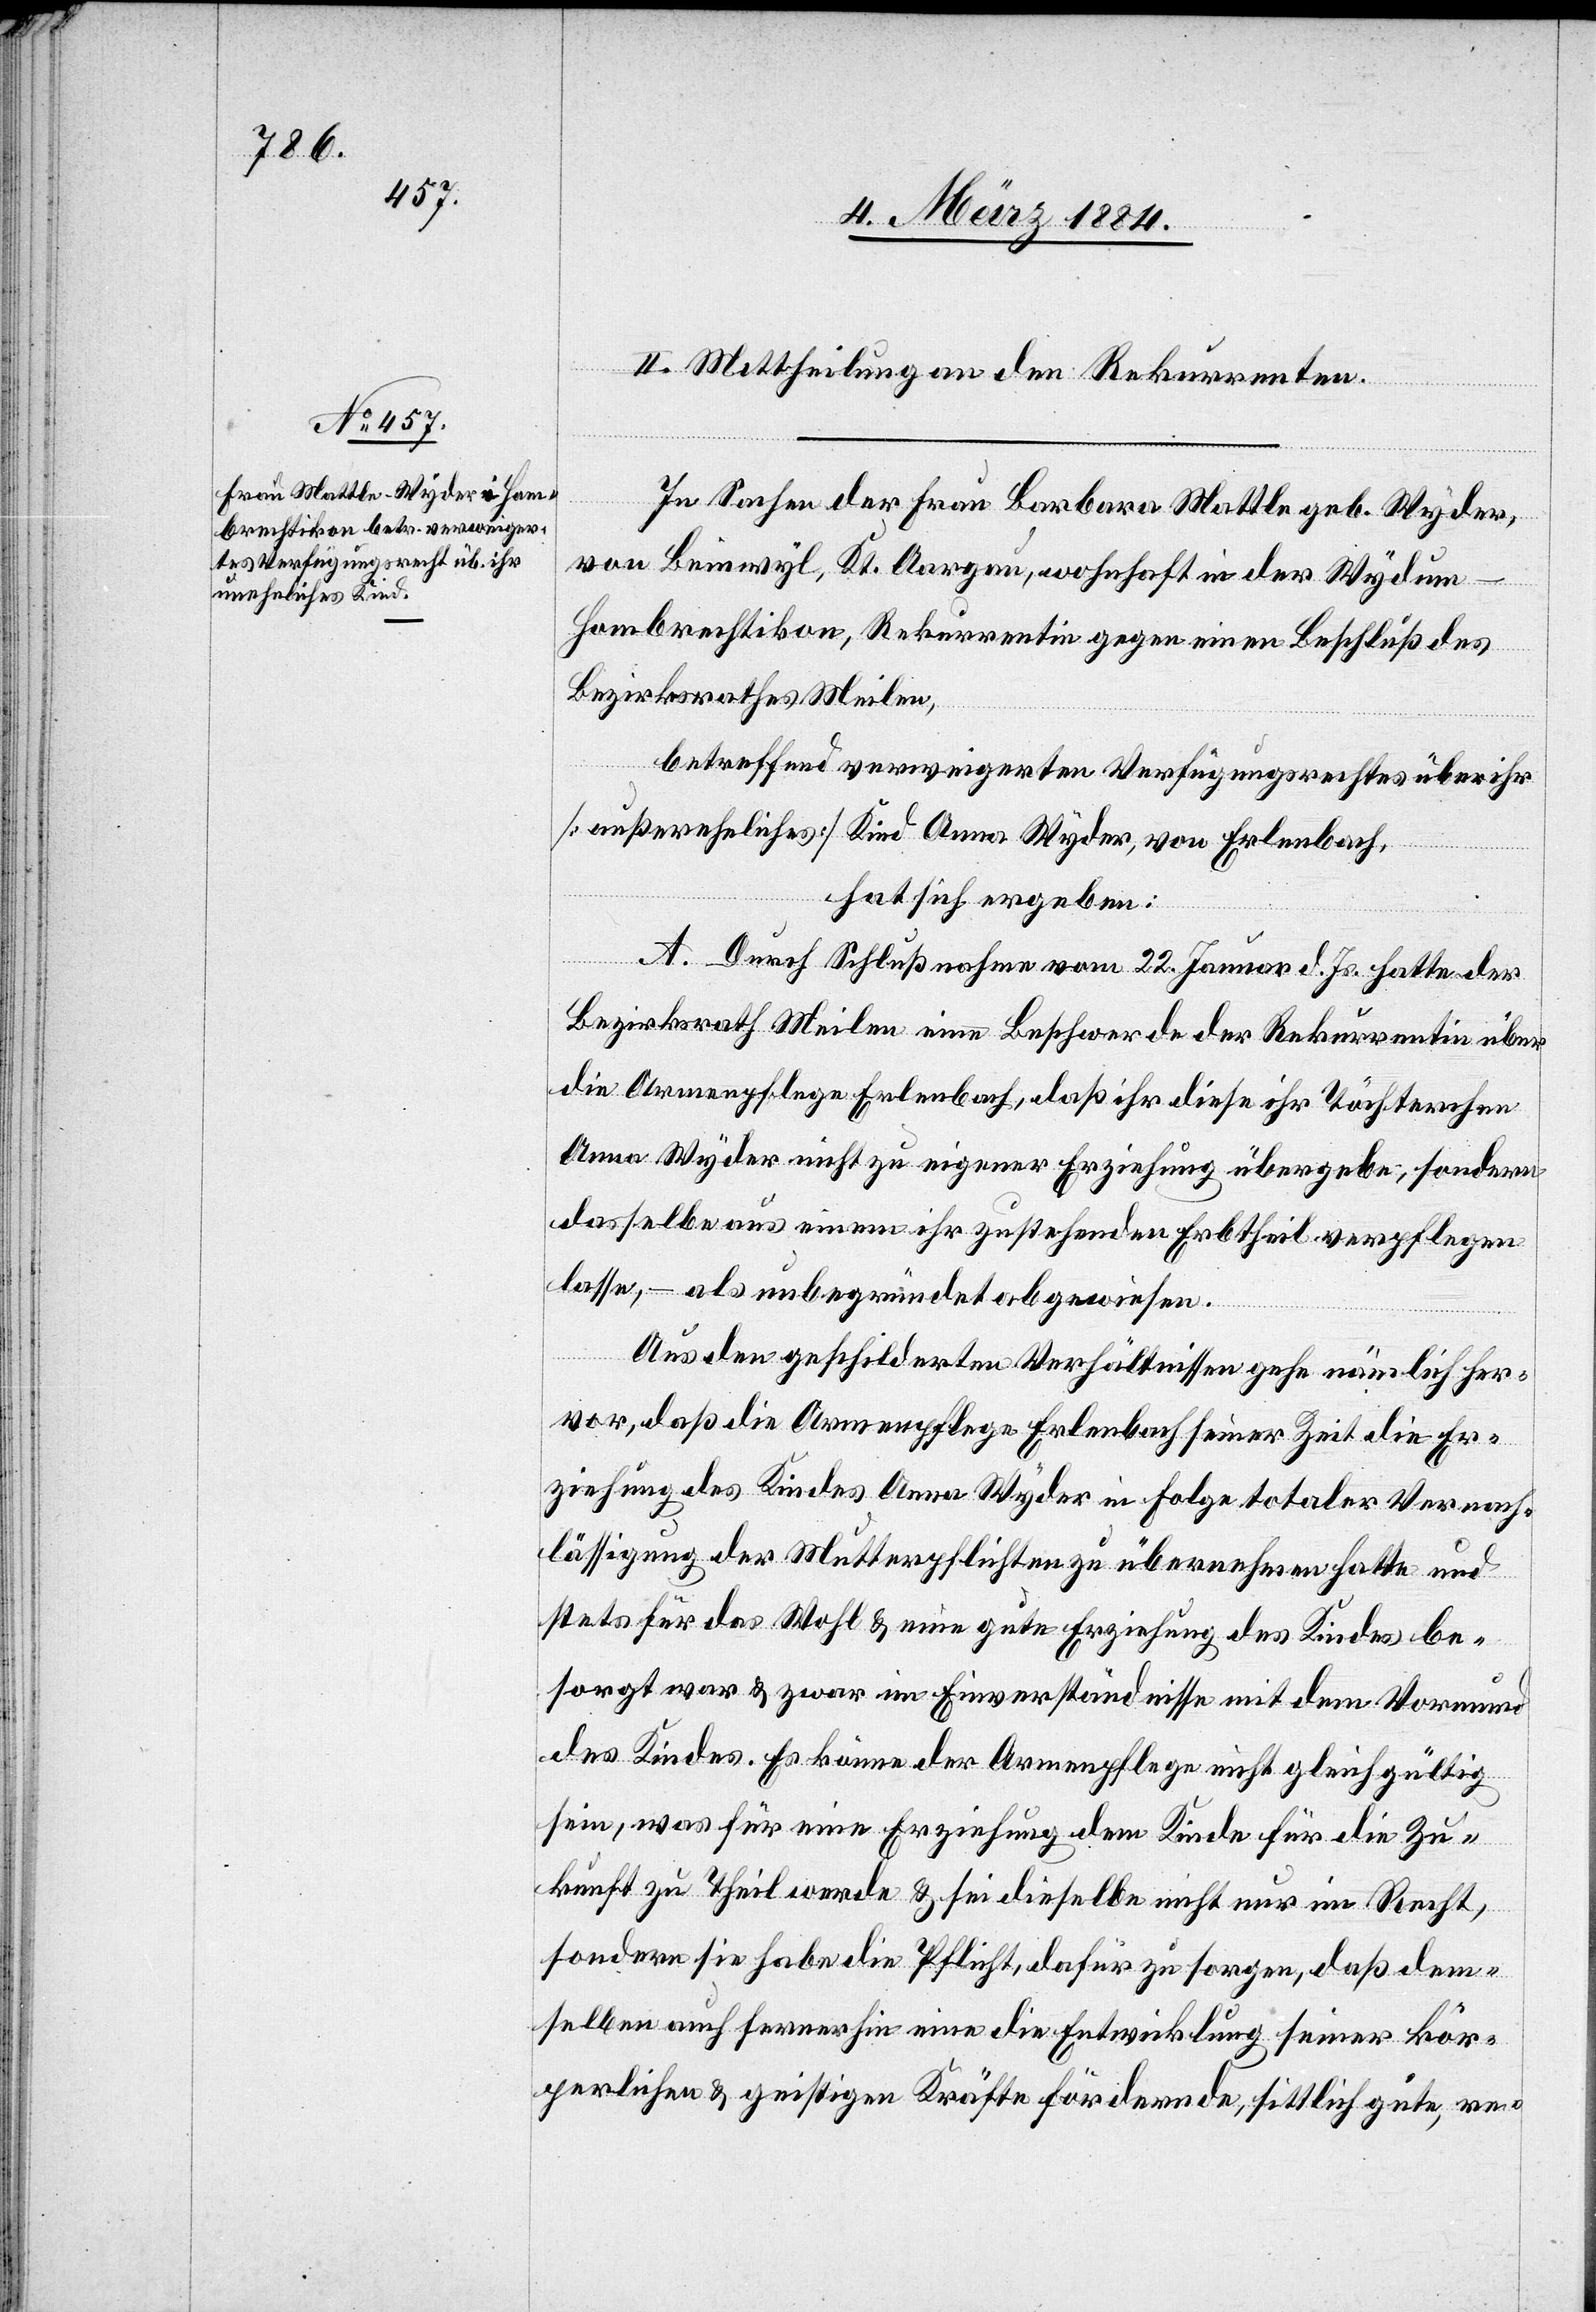
II. Mittheilung an den Rekurrenten.
In Sachen der Frau Barbara Mattle geb. Wyder,
von Beinwyl, Kt. Aargau, wohnhaft in der Wyden
Hombrechtikon, Rekurrentin gegen einen Beschluß des
Bezirksrathes Meilen,
betreffend verweigerten Verfügungsrechtes über ihr
[außereheliches] Kind Anna Wyder, von Erlenbach,
hat sich ergeben:
A. Durch Schlußnahme vom 22. Januar d. Js. hatte der
Bezirksrath Meilen eine Beschwerde der Rekurrentin über
die Armenpflege Erlenbach, daß ihr diese ihr Töchterchen
Anna Wyder ihr nicht zu eigener Erziehung übergeben, sondern
dasselbe aus einem ihr zustehenden Erbtheil verpflegen
lasse, – als unbegründet abgewiesen.
Aus den geschilderten Verhältnissen gehe nämlich her¬
vor, daß die Armenpflege Erlenbach seiner Zeit die Er¬
ziehung des Kindes Anna Wyder in Folge totaler Vernach¬
lässigung der Mutterpflichten zu übernehmen hatte und
stets für das Wohl & eine gute Erziehung des Kindes be¬
sorgt war & zwar im Einverständnisse mit dem Vormund
des Kindes. Es könne der Armenpflege nicht gleich gültig
sein, was für eine Erziehung dem Kinde für die Zu¬
kunft zu Theil werde & sei dieselbe nicht nur im Recht,
sondern sie habe die Pflicht, dafür zu sorgen, daß dem¬
selben auch ferner hin eine die Entwicklung seiner kör¬
perlichen & geistigen Kräfte fördernde, sittlich gute, re-